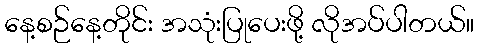
နေ့စဉ်နေ့တိုင်း အသုံးပြုပေးဖို့ လိုအပ်ပါတယ်။